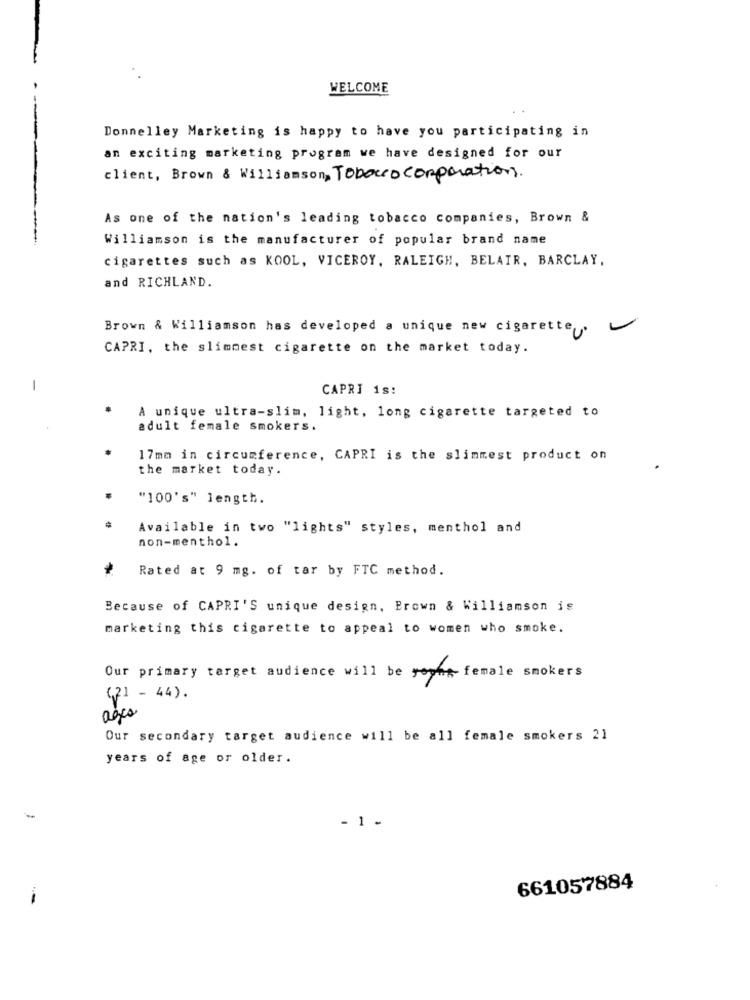
WELCOME
Donnelley Marketing is happy to have you participating in
an exciting marketing program we have designed for our
client, Brown & Williamson, Tobacco corporation.
As one of the nation's leading tobacco companies, Brown &
Williamson is the manufacturer of popular brand name
cigarettes such as KOOL, VICEROY, RALEIGH, BELAIR, BARCLAY,
and RICHLAND.
Brown & Williamson has developed a unique new cigarette .
CAPRI, the slimmest cigarette on the market today.
-
CAPRI is:
A unique ultra-slim, light, long cigarette targeted to
adult female smokers.
17mm in circumference, CAPRI is the slimmest product on
the market today.
"100's" length.
Available in two "lights" styles, menthol and
non-menthol.
Rated at 9 mg. of tar by FTC method.
Because of CAPRI'S unique design, Brown & Williamson is
marketing this cigarette to appeal to women who smoke.
Our primary target audience will be young female smokers
(21 - 44).
ages
Our secondary target audience will be all female smokers 21
years of age or older.
- 1 -
661057884